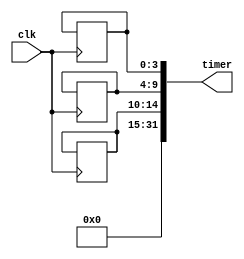
module RTC_timer (
    input wire clk,           // External clock input
    output reg [31:0] timer    // Output register for current time
);

reg [15:0] count;
reg [3:0] seconds;
reg [5:0] minutes;
reg [4:0] hours;

always @(posedge clk) begin
    if (count == 100000) begin
        count <= 0;
        seconds <= seconds + 1;
        if (seconds == 60) begin
            minutes <= minutes + 1;
            seconds <= 0;
            if (minutes == 60) begin
                hours <= hours + 1;
                minutes <= 0;
                if (hours == 24) begin
                    hours <= 0;
                end
            end
        end
    end else begin
        count <= count + 1;
    end
end

assign timer = {hours, minutes, seconds};

endmodule